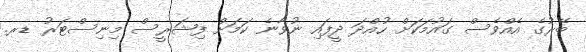
ބޭރުގެ އެއްވެސް ގައުމަކަށް ހުއްދަ ދީފައި ނުވާނެ ކަމަށް ފިޝަރީސް މިނިސްޓަރު ޑރ.